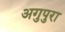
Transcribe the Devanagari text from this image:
अगुपुरा